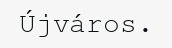
Újváros.